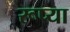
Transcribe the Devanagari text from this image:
रूप्या